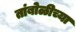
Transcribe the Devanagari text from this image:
तांबोळीच्या